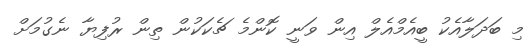
މި ބަދަލާއެކު ބީއެމްއެލް އިން ވަނީ ކޮންމެ ޗެކަކުން ތިން ރުފިޔާ ނެގުމަށް